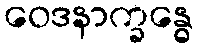
ဝေဒနာက္ခန္ဓေ